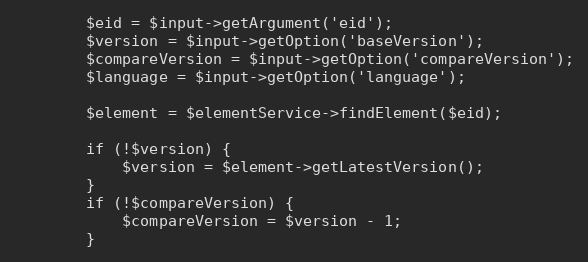
Language: PHP
        $eid = $input->getArgument('eid');
        $version = $input->getOption('baseVersion');
        $compareVersion = $input->getOption('compareVersion');
        $language = $input->getOption('language');

        $element = $elementService->findElement($eid);

        if (!$version) {
            $version = $element->getLatestVersion();
        }
        if (!$compareVersion) {
            $compareVersion = $version - 1;
        }